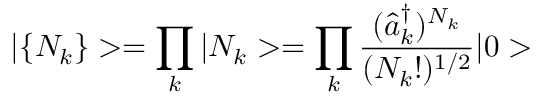
| \{ N _ { k } \} > = \prod _ { k } | N _ { k } > = \prod _ { k } \frac { ( \hat { a } _ { k } ^ { \dagger } ) ^ { N _ { k } } } { ( N _ { k } ! ) ^ { 1 / 2 } } | 0 >